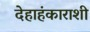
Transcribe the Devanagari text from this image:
देहाहंकाराशी